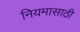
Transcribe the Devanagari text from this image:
नियमासाठी